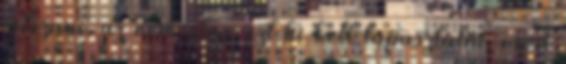
játszani, az nem ölég, ezt ki kell tapasztalni, mert